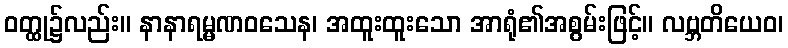
ဝတ္ထု၌လည်း။ နာနာရမ္မဏဝသေန၊ အထူးထူးသော အာရုံ၏အစွမ်းဖြင့်။ လဗ္ဘတိယေဝ၊